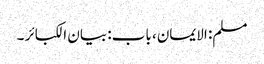
مسلم: الایمان، باب: بیان الکبائر ۔